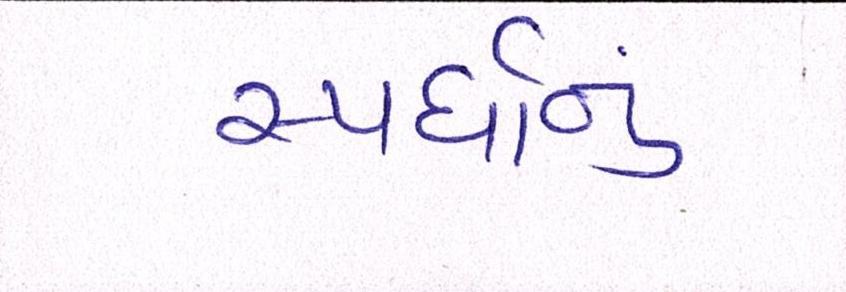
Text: સ્પર્ધાનું